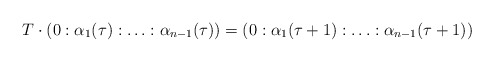
\begin{align*}T \cdot (0:\alpha_1(\tau):\ldots:\alpha_{n-1}(\tau))=(0:\alpha_1(\tau+1):\ldots:\alpha_{n-1}(\tau+1))\end{align*}